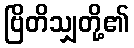
ဗြိတိသျှတို့၏